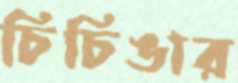
চিচিঙার